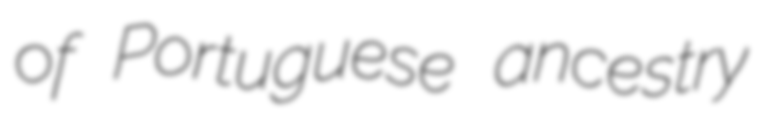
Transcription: of Portuguese ancestry